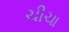
ચીચા